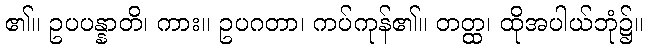
၏။ ဥပပန္နာတိ၊ ကား။ ဥပဂတာ၊ ကပ်ကုန်၏။ တတ္ထ၊ ထိုအပါယ်ဘုံ၌။